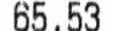
65.53